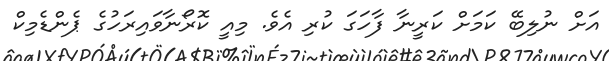
އަށް ނުލިބޭ ކަމަށް ކަރީނާ ފާހަގަ ކުރި އެވެ. މިއީ ކޮރޯނާވައިރަހުގެ ޕެންޑެމިކް